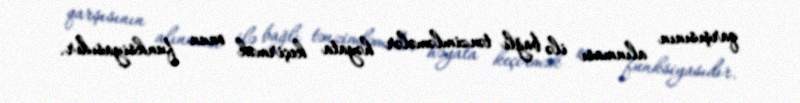
qarşısının alınması ilə bağlı tənzimləmələr həyata keçirmək onun funksiyasıdır.